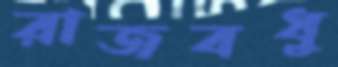
রাজবধু